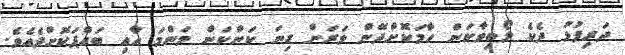
ދަރިފުޅު ދެކެ ލޯބިވާކަން ހާމަކޮށްދޭން ވަރަށް ގިނަ ކަންކަން މަންމަ އާއި ބައްޕަކޮށްދެއެވެ.